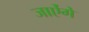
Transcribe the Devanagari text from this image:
जाऐंगे